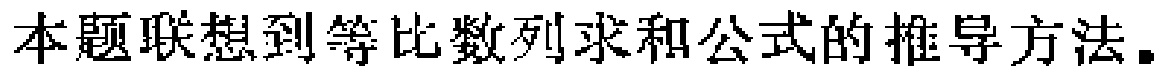
本题联想到等比数列求和公式的推导方法。